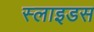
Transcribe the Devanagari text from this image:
स्‍लाइडस